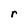
Character: r